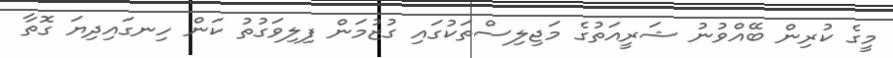
މީގެ ކުރިން ބޭއްވުނު ޝަރީއަތުގެ މަޖިލިސްތަކުގައި ގުޒުމަން ފިލިވަގުތު ކަން ހިނގައިދިޔަ ގޮތާ